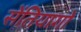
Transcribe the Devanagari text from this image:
सेंतियागो